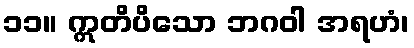
၁၁။ ဣတိပိသော ဘဂဝါ အရဟံ၊